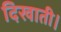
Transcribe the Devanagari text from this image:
दिखाती।